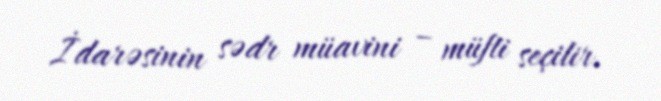
İdarəsinin sədr müavini – müfti seçilir.